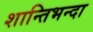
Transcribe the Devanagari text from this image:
शान्तिभन्दा